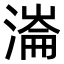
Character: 𣼍